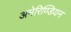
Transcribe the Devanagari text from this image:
अमेरिण्डियन